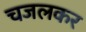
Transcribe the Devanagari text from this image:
चजलकर